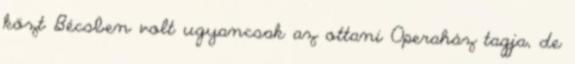
közt Bécsben volt ugyancsak az ottani Operaház tagja, de